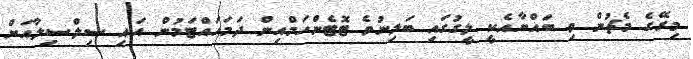
މިރޭގެ މެޗުން ވި ބައްޔާއެކީ ލީގުގައި ބަލިނުވެ ޓޮޓެންހަމްއިން ދަމަހައްޓަމުން އައި ސިލްސިލާއަށް